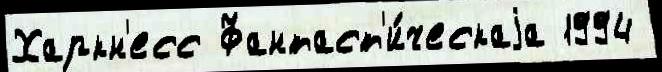
Харкн'есс Фантаст'и́ческаjа 1994